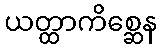
ယတ္ထာကိစ္ဆေန